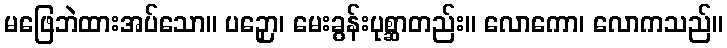
မဖြေဘဲထားအပ်သော။ ပဉှော၊ မေးခွန်းပုစ္ဆာတည်း။ လောကော၊ လောကသည်။